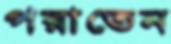
পরাতেন